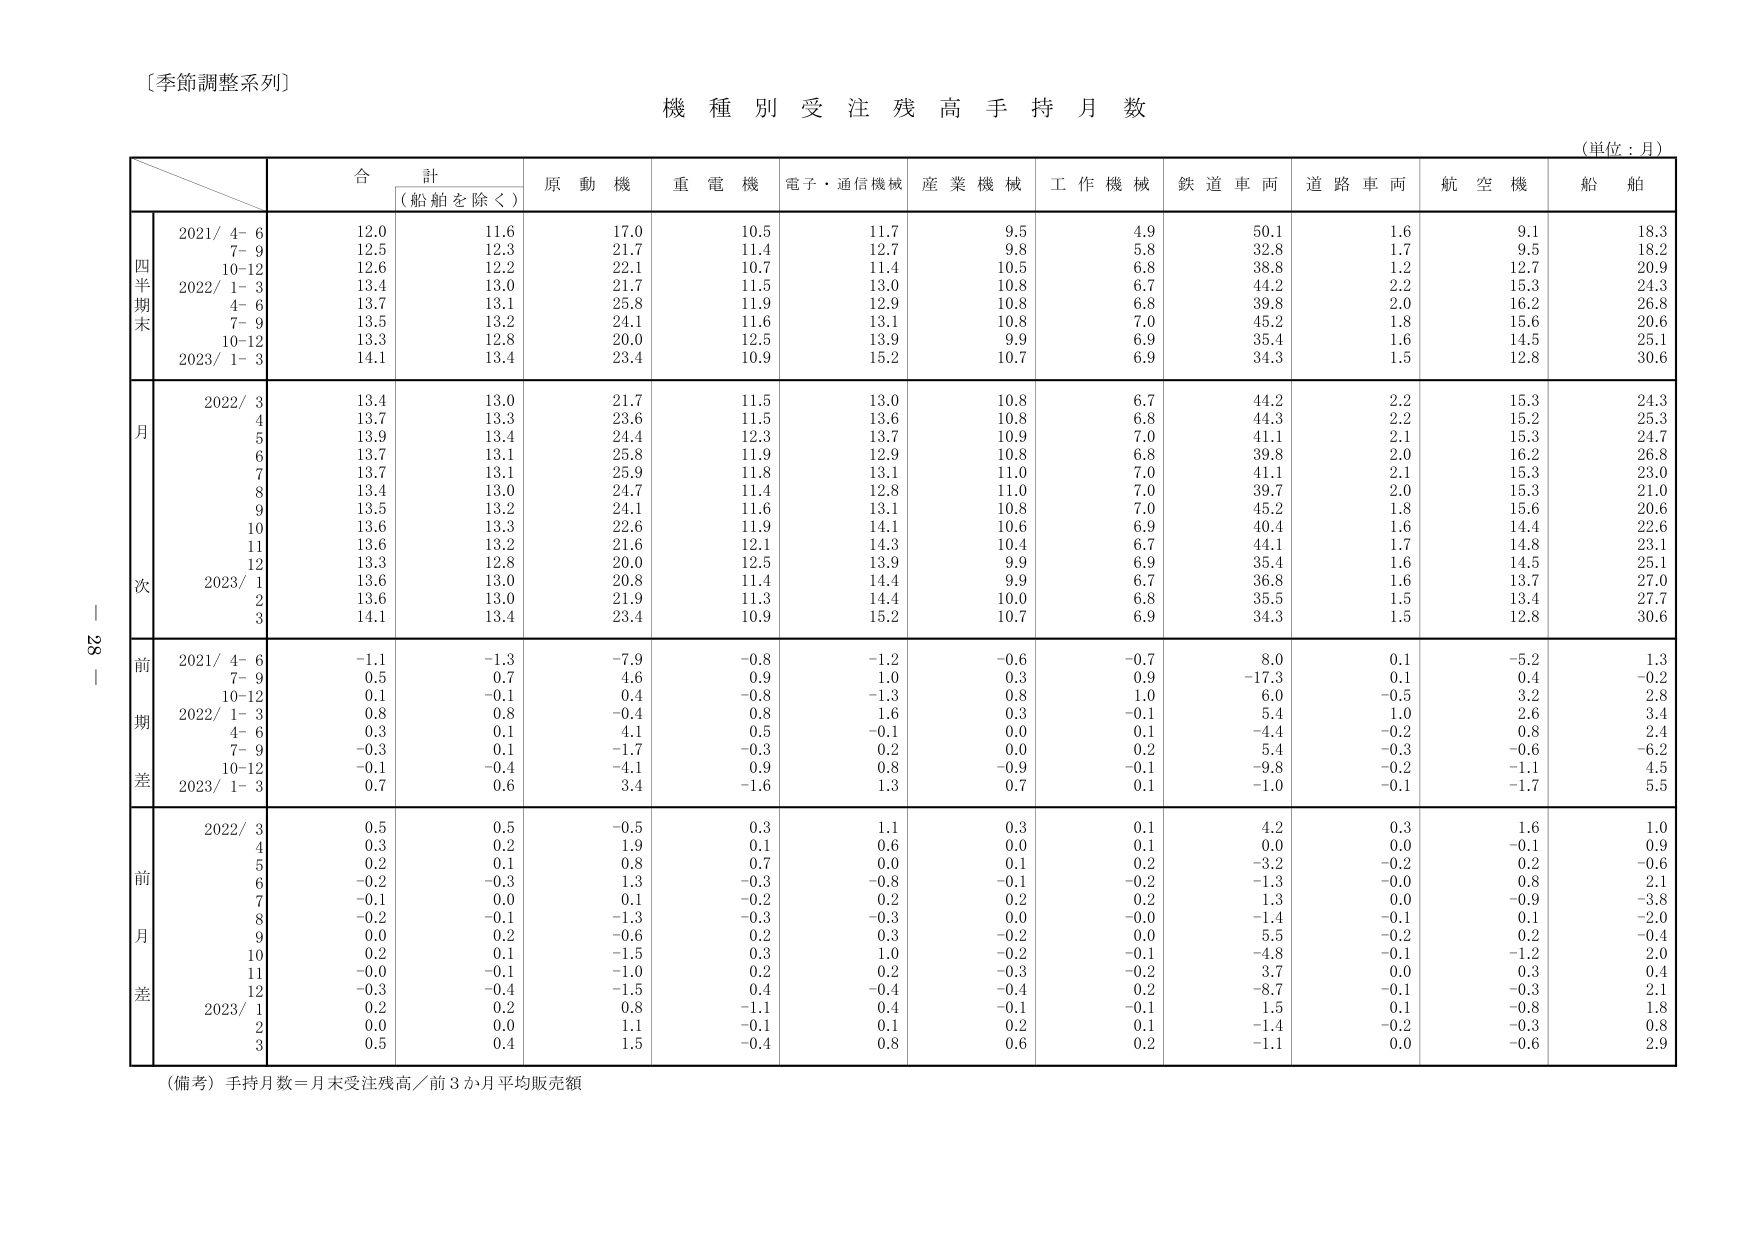
〔季節調整系列〕
機 種 別 受 注 残 高 手 持 月 数
（単位：月）
合 計
（船舶を除く）
原 動 機
重 電 機
電子・通信機械
産 業 機 械
工 作 機 械
鉄 道 車 両
道 路 車 両
航 空 機
船 舶
四半期末
2021/ 4- 6
12.0
11.6
17.0
10.5
11.7
9.5
4.9
50.1
1.6
9.1
18.3
7- 9
12.5
12.3
21.7
11.4
12.7
9.8
5.8
32.8
1.7
9.5
18.2
10-12
12.6
12.2
22.1
10.7
11.4
10.5
6.8
38.8
1.2
12.7
20.9
2022/ 1- 3
13.4
13.0
21.7
11.5
13.0
10.8
6.7
44.2
2.2
15.3
24.3
4- 6
13.7
13.1
25.8
11.9
12.9
10.8
6.8
39.8
2.0
16.2
26.8
7- 9
13.5
13.2
24.1
11.6
13.1
10.8
7.0
45.2
1.8
15.6
20.6
10-12
13.3
12.8
20.0
12.5
13.9
9.9
6.9
35.4
1.6
14.5
25.1
2023/ 1- 3
14.1
13.4
23.4
10.9
15.2
10.7
6.9
34.3
1.5
12.8
30.6
月次
2022/ 3
13.4
13.0
21.7
11.5
13.0
10.8
6.7
44.2
2.2
15.3
24.3
4
13.7
13.3
23.6
11.5
13.6
10.8
6.8
44.3
2.2
15.2
25.3
5
13.9
13.4
24.4
12.3
13.7
10.9
7.0
41.1
2.1
15.3
24.7
6
13.7
13.1
25.8
11.9
12.9
10.8
6.8
39.8
2.0
16.2
26.8
7
13.7
13.1
25.9
11.8
13.1
11.0
7.0
41.1
2.1
15.3
23.0
8
13.4
13.0
24.7
11.4
12.8
11.0
7.0
39.7
2.0
15.3
21.0
9
13.5
13.2
24.1
11.6
13.1
10.8
7.0
45.2
1.8
15.6
20.6
10
13.6
13.3
22.6
11.9
14.1
10.6
6.9
40.4
1.6
14.4
22.6
11
13.6
13.2
21.6
12.1
14.3
10.4
6.7
44.1
1.7
14.8
23.1
12
13.3
12.8
20.0
12.5
13.9
9.9
6.9
35.4
1.6
14.5
25.1
2023/ 1
13.6
13.0
20.8
11.4
14.4
9.9
6.7
36.8
1.6
13.7
27.0
2
13.6
13.0
21.9
11.3
14.4
10.0
6.8
35.5
1.5
13.4
27.7
3
14.1
13.4
23.4
10.9
15.2
10.7
6.9
34.3
1.5
12.8
30.6
前期差
2021/ 4- 6
-1.1
-1.3
-7.9
-0.8
-1.2
-0.6
-0.7
8.0
0.1
-5.2
1.3
7- 9
0.5
0.7
4.6
0.9
1.0
0.3
0.9
-17.3
0.1
0.4
-0.2
10-12
0.1
-0.1
0.4
-0.8
-1.3
0.8
1.0
6.0
-0.5
3.2
2.8
2022/ 1- 3
0.8
0.8
-0.4
0.8
1.6
0.3
-0.1
5.4
1.0
2.6
3.4
4- 6
0.3
0.1
4.1
0.5
-0.1
0.0
0.1
-4.4
-0.2
0.8
2.4
7- 9
-0.3
0.1
-1.7
-0.3
0.2
0.0
0.2
5.4
-0.3
-0.6
-6.2
10-12
-0.1
-0.4
-4.1
0.9
0.8
-0.9
-0.1
-9.8
-0.2
-1.1
4.5
2023/ 1- 3
0.7
0.6
3.4
-1.6
1.3
0.7
0.1
-1.0
-0.1
-1.7
5.5
前月差
2022/ 3
0.5
0.5
-0.5
0.3
1.1
0.3
0.1
4.2
0.3
1.6
1.0
4
0.3
0.2
1.9
0.1
0.6
0.0
0.1
0.0
0.0
-0.1
0.9
5
-0.2
0.1
0.8
0.7
0.0
0.1
0.2
-3.2
-0.2
0.2
-0.6
6
-0.2
-0.3
1.3
-0.3
-0.8
-0.1
-0.2
-1.3
-0.0
0.8
2.1
7
-0.1
0.0
0.1
-0.2
0.2
0.2
0.2
1.3
0.0
-0.9
-3.8
8
-0.2
-0.1
-1.3
-0.3
-0.3
0.0
-0.0
-1.4
-0.1
0.1
-2.0
9
0.0
0.2
-0.6
0.2
0.3
-0.2
0.0
5.5
-0.2
0.2
-0.4
10
0.2
0.1
-1.5
0.3
1.0
-0.2
-0.1
-4.8
-0.1
-1.2
-2.0
11
-0.0
-0.1
-1.0
0.2
0.2
-0.3
-0.2
3.7
0.0
0.3
0.4
12
-0.3
-0.4
-1.5
0.4
-0.4
-0.4
0.2
-8.7
-0.1
-0.3
2.1
2023/ 1
0.2
0.2
0.8
-1.1
0.4
-0.1
-0.1
1.5
0.1
-0.8
1.8
2
0.0
0.0
1.1
-0.1
0.1
0.2
0.1
-1.4
-0.2
-0.3
0.8
3
0.5
0.4
1.5
-0.4
0.8
0.6
0.2
-1.1
0.0
-0.6
2.9
（備考）手持月数＝月末受注残高／前3か月平均販売額
28